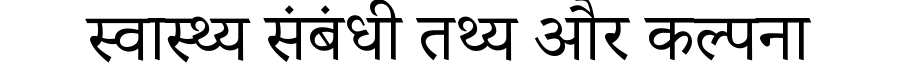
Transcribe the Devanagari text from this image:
स्वास्थ्य संबंधी तथ्य और कल्पना